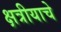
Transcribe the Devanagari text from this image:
क्षत्रीयाचे